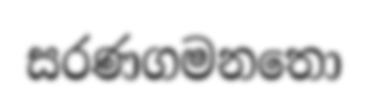
සරණගමනතො